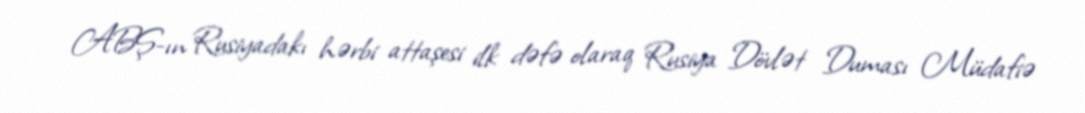
ABŞ-ın Rusiyadakı hərbi attaşesi ilk dəfə olaraq Rusiya Dövlət Duması Müdafiə